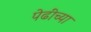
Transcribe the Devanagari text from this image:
पेढींच्या